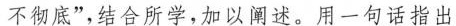
不彻底”，结合所学，加以阐述。用一句话指出